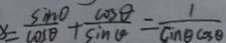
x = \frac { \sin O } { \cos \theta } + \frac { \cos \theta } { \sin \theta } = \frac { 1 } { c i n \theta \cos \theta }